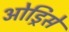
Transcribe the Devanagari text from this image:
ओड्रिसे